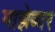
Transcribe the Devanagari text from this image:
माझेब्वर